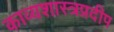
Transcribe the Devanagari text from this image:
काव्यशास्त्रप्रदीप